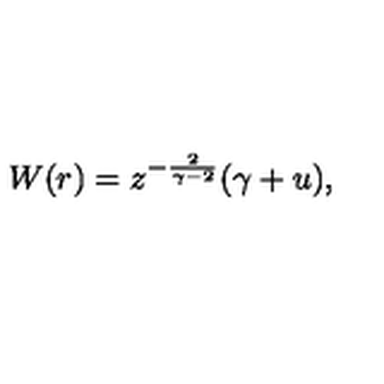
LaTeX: W ( r ) = z ^ { - { \frac { 2 } { \gamma - 2 } } } ( \gamma + u ) ,